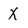
Character: X